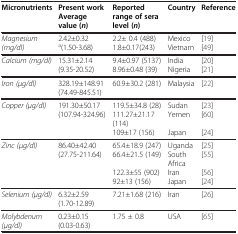
<table><thead><tr><td><b>Micronutrients</b></td><td><b>Present work Average value (<i>n</i>)</b></td><td><b>Reported range of sera level (<i>n</i>)</b></td><td><b>Country</b></td><td><b>Reference</b></td></tr></thead><tbody><tr><td rowspan="2"><i>Magnesium (mg/dl)</i></td><td>2.42±0.32</td><td>2.2± 0.4 (488)</td><td>Mexico</td><td>[19]</td></tr><tr><td><sup>a</sup>(1.50-3.68)</td><td>1.8±0.17(243)</td><td>Vietnam</td><td>[49]</td></tr><tr><td rowspan="2"><i>Calcium (mg/dl)</i></td><td>15.31±2.14</td><td>9.4±0.97 (5137)</td><td>India</td><td>[20]</td></tr><tr><td>(9.35-20.52)</td><td>8.96±0.48 (39)</td><td>Nigeria</td><td>[21]</td></tr><tr><td rowspan="2"><i>Iron (μg/dl)</i></td><td>328.19±148.91</td><td>60.9±30.2 (281)</td><td>Malaysia</td><td>[22]</td></tr><tr><td>(74.49-845.51)</td><td> </td><td> </td><td> </td></tr><tr><td rowspan="3"><i>Copper (μg/dl)</i></td><td>191.30±50.17</td><td>119.5±34.8 (28)</td><td>Sudan</td><td>[23]</td></tr><tr><td>(107.94-324.96)</td><td>111.27±21.17(114)</td><td>Yemen</td><td>[60]</td></tr><tr><td> </td><td>109±17 (156)</td><td>Japan</td><td>[24]</td></tr><tr><td rowspan="4"><i>Zinc (μg/dl)</i></td><td>86.40±42.40</td><td>65.4±18.9 (247)</td><td>Uganda</td><td>[25]</td></tr><tr><td>(27.75-211.64)</td><td>66.4±21.5 (149)</td><td>South Africa</td><td>[55]</td></tr><tr><td> </td><td>122.3±55 (902)</td><td>Iran</td><td>[56]</td></tr><tr><td> </td><td>92±13 (156)</td><td>Japan</td><td>[24]</td></tr><tr><td rowspan="2"><i>Selenium (μg/dl)</i></td><td>6.32±2.59</td><td>7.21±1.68 (216)</td><td>Iran</td><td>[26]</td></tr><tr><td>(1.70-12.89)</td><td> </td><td> </td><td> </td></tr><tr><td rowspan="2"><i>Molybdenum(μg/dl)</i></td><td>0.23±0.15</td><td>1.75 ± 0.8</td><td>USA</td><td>[65]</td></tr><tr><td>(0.03-0.63)</td><td> </td><td> </td><td> </td></tr></tbody></table>